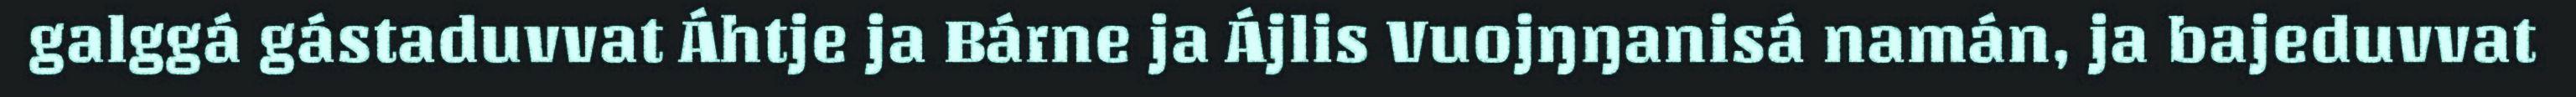
galggá gástaduvvat Áhtje ja Bárne ja Ájlis Vuojŋŋanisá namán, ja bajeduvvat